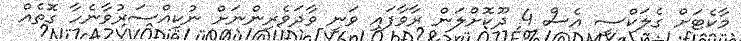
މާކެޓަށް ގެލަކްސީ އެސް 4 ދޫކޮށްލަން ރާވާފައި ވަނީ ވާދަވެރިންނަށް ނުކިއްސަރުވާނެހާ ގޮތެއް